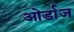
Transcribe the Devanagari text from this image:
ओर्डाज